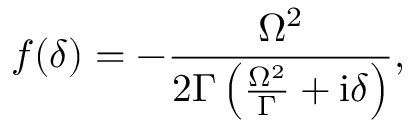
f ( \delta ) = - \frac { \Omega ^ { 2 } } { 2 \Gamma \left( \frac { \Omega ^ { 2 } } { \Gamma } + \mathrm { i } \delta \right) } ,